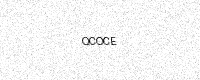
Text: QCOCE